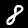
Digit: 8